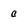
Character: c